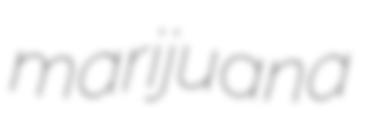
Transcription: marijuana